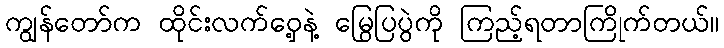
ကျွန်တော်က ထိုင်းလက်ဝှေ့နဲ့ မြွေပြပွဲကို ကြည့်ရတာကြိုက်တယ်။